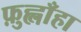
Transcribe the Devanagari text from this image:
फ़ुह्लाँहा